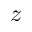
z